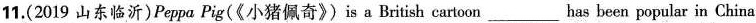
11.(2019 山东临沂) Peppa Pig(《小猪佩奇》) is a British cartoon ___ has been popular in China